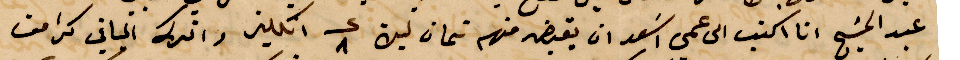
عبد المسيح انا اكتب الى عمي اسعد ان يقبض منهم تمان ليره ٨ انكليز واترك الباقي كرامت